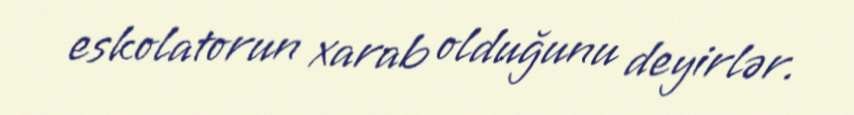
eskolatorun xarab olduğunu deyirlər.